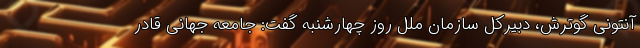
آنتونی گوترش، دبیرکل سازمان ملل روز چهارشنبه گفت: جامعه جهانی قادر